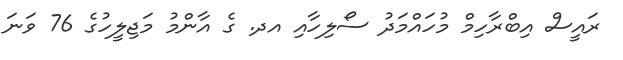
ރައީސް އިބްރާހިމް މުހައްމަދު ސޯލިހާއި އދ. ގެ އާންމު މަޖިލީހުގެ 76 ވަނަ